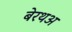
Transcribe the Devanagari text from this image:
बेरथअ